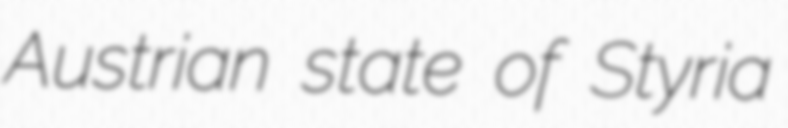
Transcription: Austrian state of Styria